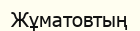
Жұматовтың